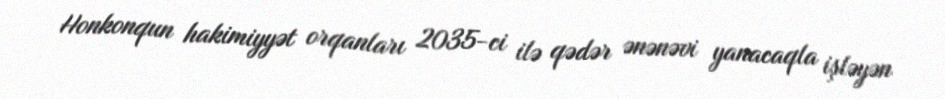
Honkonqun hakimiyyət orqanları 2035-ci ilə qədər ənənəvi yanacaqla işləyən